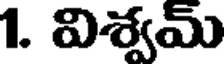
1. విశ్వమ్